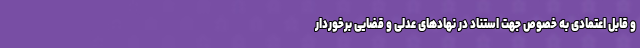
و قابل اعتمادی به خصوص جهت استناد در نهادهای عدلی و قضایی برخوردار